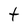
Character: t